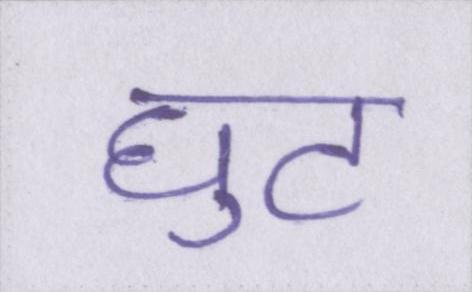
घुट